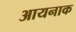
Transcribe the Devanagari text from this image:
आयनाक